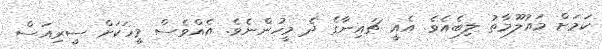
ކަމަށް މައުލޫމާތު ލިބެއެވެ. އެއީ ޗައިނާގެ ދެ މީހުންނެވެ. އެއްވެސް މީހަކަށް ސީރިއަސް